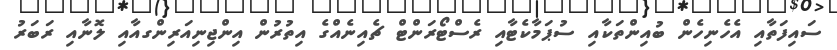
ސައިފަތާއި އެހެނިހެން ބުއިންތަކާއި ސުޕަމާކެޓާއި ރެސްޓޯރަންޓް ޗެއިނެއްގެ އިތުރުން އިންޖިނިއަރިންގއާއި ލޮނާއި ރަބަރު